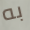
به